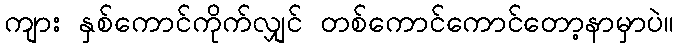
ကျား နှစ်ကောင်ကိုက်လျှင် တစ်ကောင်ကောင်တော့နာမှာပဲ။